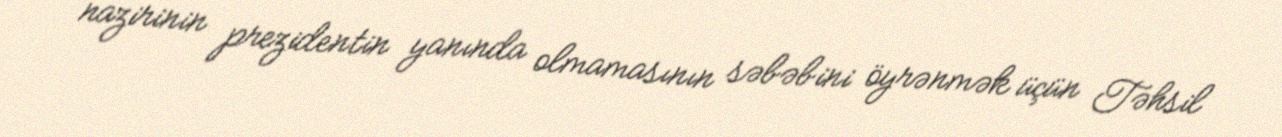
nazirinin prezidentin yanında olmamasının səbəbini öyrənmək üçün Təhsil